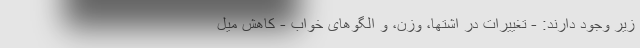
زیر وجود دارند: - تغییرات در اشتها، وزن، و الگوهای خواب - کاهش میل